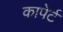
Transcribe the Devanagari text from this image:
कापेर्ट